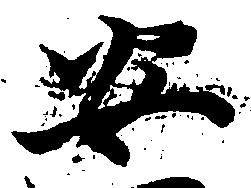
安